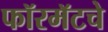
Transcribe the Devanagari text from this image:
फॉरमॅटचे